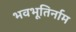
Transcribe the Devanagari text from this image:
भवभूतिर्नाम